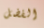
الفضل